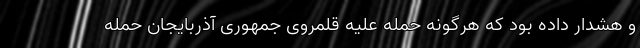
و هشدار داده بود که هرگونه حمله علیه قلمروی جمهوری آذربایجان حمله